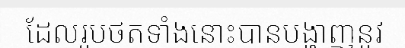
ដែលរូបថតទាំងនោះបានបង្ហាញនូវ